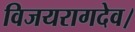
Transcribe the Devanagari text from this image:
विजयरागदेव।